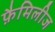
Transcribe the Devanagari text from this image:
फ़ैमिलीज